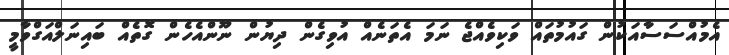
އެމުއްސަސާއަކުން ގައުމުތައް ވަކިވެއްޖެ ނަމަ އެތަނެއް އުވިގެން ދިޔުން ނޫންއެހެން ގޮތެއް ބައިނަލްއަގްވާމީ